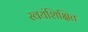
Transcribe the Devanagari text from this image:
स्वयंशिक्षित